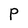
Character: P